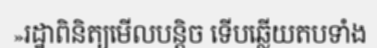
»រដ្ឋាពិនិត្យមើលបន្តិច ទើបឆ្លើយតបទាំង